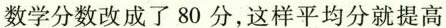
数学分数改成了80分，这样平均分就提高